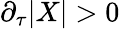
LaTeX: \partial_{\tau}|X|>0